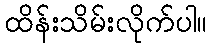
ထိန်းသိမ်းလိုက်ပါ။